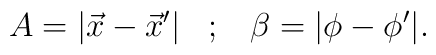
A=|\vec{x}-\vec{x}'| \;\;\;;\;\;\; \beta=|\phi-\phi'|.